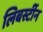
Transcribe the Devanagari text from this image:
लिबर्स्टीन